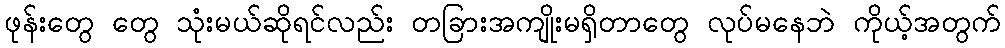
ဖုန်းတွေ တွေ သုံးမယ်ဆိုရင်လည်း တခြားအကျိုးမရှိတာတွေ လုပ်မနေဘဲ ကိုယ့်အတွက်